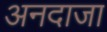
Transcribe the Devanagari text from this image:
अनदाजा